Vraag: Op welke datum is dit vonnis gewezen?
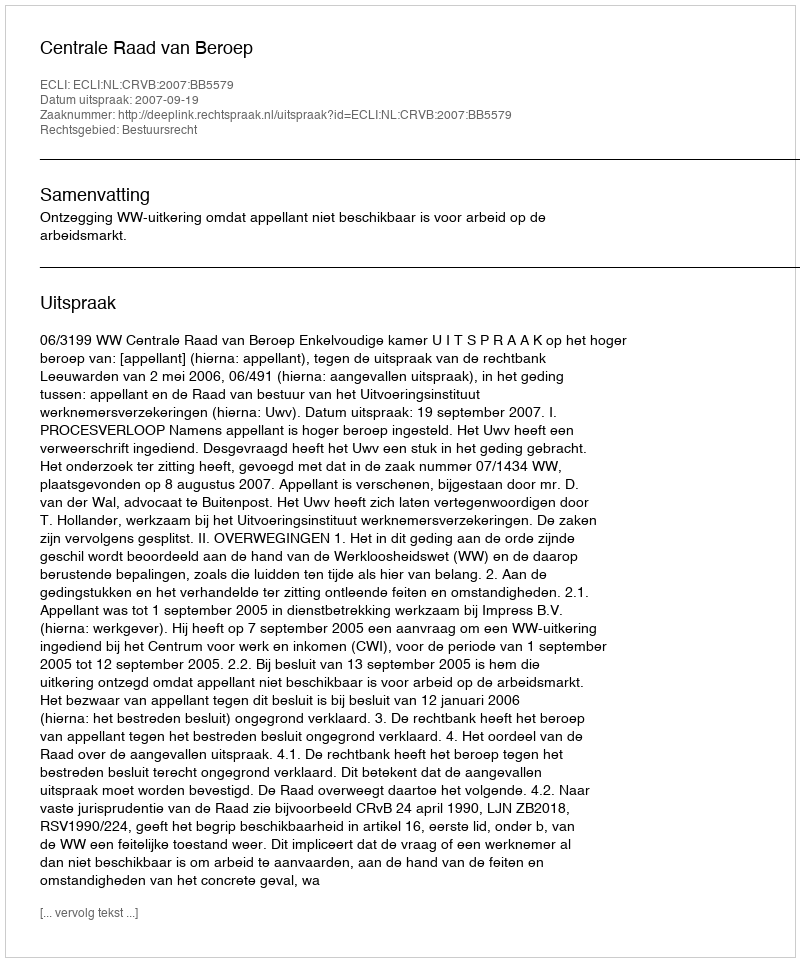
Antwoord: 2007-09-19